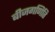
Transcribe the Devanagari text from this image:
बीजगणिति